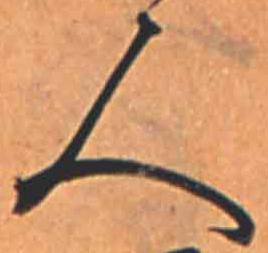
人